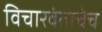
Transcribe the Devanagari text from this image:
विचारवंताचेच